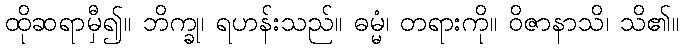
ထိုဆရာမှီ၍။ ဘိက္ခု၊ ရဟန်းသည်။ ဓမ္မံ၊ တရားကို။ ဝိဇာနာသိ၊ သိ၏။